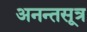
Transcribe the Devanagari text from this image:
अनन्तसूत्र